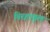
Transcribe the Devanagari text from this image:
विरहाकुल